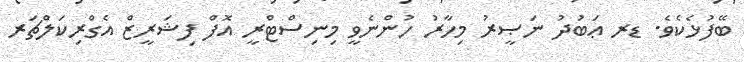
ބޭފުޅެކެވެ. ޑރ ޢަބުދު ނަޞީރު މިހާރު ހުންނެވީ މިނިސްޓްރީ އޮފް ފިޝަރީޒް އެގްރިކަލްޗަރ